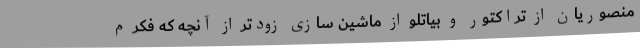
منصوریان از تراکتور و بیاتلو از ماشین سازی زودتر از آنچه که فکر م